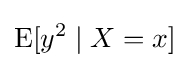
\operatorname {E} [y^{2}\mid X=x]